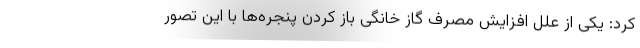
کرد: یکی از علل افزایش مصرف گاز خانگی باز کردن پنجره‌ها با این تصور